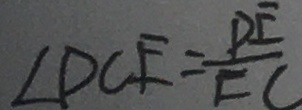
\angle D C E = \frac { P E } { E C }